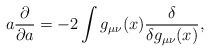
LaTeX: \begin{align*}a {\partial\over \partial a}=-2\int g_{\mu\nu}(x){\delta\over \delta g_{\mu\nu}(x)},\end{align*}